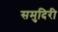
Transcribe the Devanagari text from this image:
समुदिरी